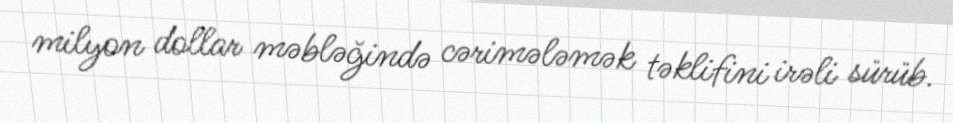
milyon dollar məbləğində cərimələmək təklifini irəli sürüb.